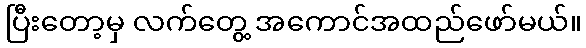
ပြီးတော့မှ လက်တွေ့ အကောင်အထည်ဖော်မယ်။